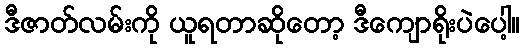
ဒီဇာတ်လမ်းကို ယူရတာဆိုတော့ ဒီကျောရိုးပဲပေါ့။